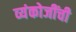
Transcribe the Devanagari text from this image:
व्यंकोजींची